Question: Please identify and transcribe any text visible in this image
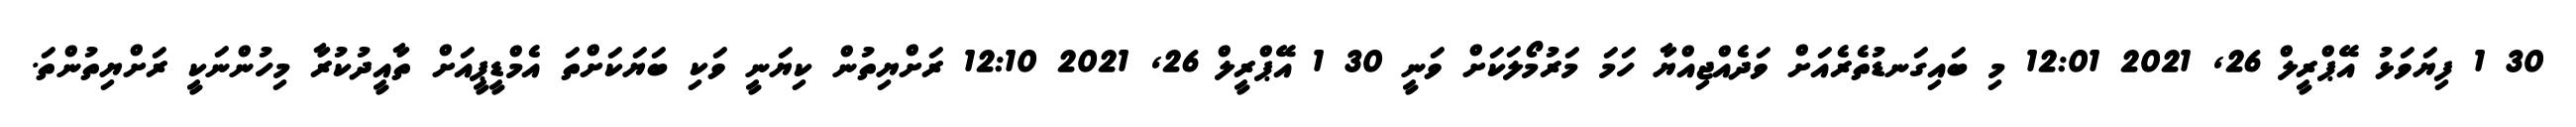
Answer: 30 1 ފިޔަވަޅު އޭޕްރީލް 26, 2021 12:01 މި ބައިގަނޑުތެރެއަށް ވަދެއްޖިއްޔާ ހަމަ މަރުމޯލަކަށް ވަނީ 30 1 އޭޕްރީލް 26, 2021 12:10 ރަށްޔިތުން ކިޔަނީ ވަކި ބަޔަކަށްތަ އެމްޑީޕީއަށް ތާއީދުކުރާ މިހުންނަކީ ރަށްޔިތުންތަ.